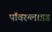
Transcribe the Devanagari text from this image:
पॉवरग्लाइड